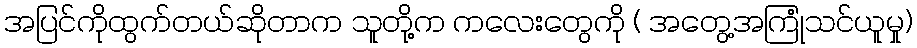
အပြင်ကိုထွက်တယ်ဆိုတာက သူတို့က ကလေးတွေကို ( အတွေ့အကြုံသင်ယူမှု)